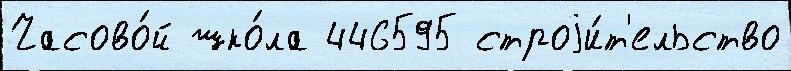
Часово́й шко́ла 446595 строjи́т'ельство